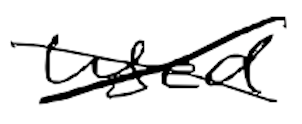
Text: used
Cross-out: mix
Writing tool: digital_black